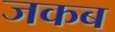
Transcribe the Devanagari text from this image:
जकब